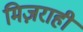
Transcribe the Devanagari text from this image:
मिज़राही